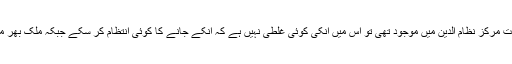
ایسے حالات میں اگر غیر ملکی جماعت مرکز نظام الدین میں موجود تھی تو اس میں انکی کوئی غلطی نہیں ہے کہ انکے جانے کا کوئی انتظام کر سکے جبکہ ملک بھر میں آٹو رکشہ تک بند کردیے گئے ہیں۔